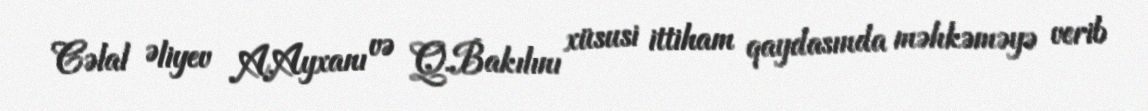
Cəlal Əliyev A.Ayxanı və Q.Bakılını xüsusi ittiham qaydasında məhkəməyə verib